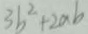
3 b ^ { 2 } + 2 a b